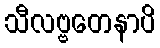
သီလဗ္ဗတေနာပိ